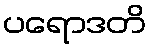
ပရောဒတိ